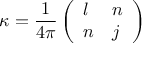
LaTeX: \kappa = { \frac { 1 } { 4 \pi } } \left( \begin{array} { l l } { { l } } & { { n } } \\ { { n } } & { { j } } \end{array} \right)